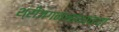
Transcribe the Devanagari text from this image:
श्रीजगन्नाथाच्या